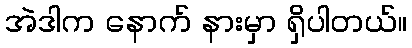
အဲဒါက နောက် နားမှာ ရှိပါတယ်။